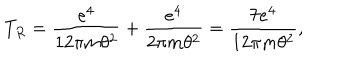
T _ { R } = \frac { e ^ { 4 } } { 1 2 \pi m \theta ^ { 2 } } + \frac { e ^ { 4 } } { 2 \pi m \theta ^ { 2 } } = \frac { 7 e ^ { 4 } } { 1 2 \pi m \theta ^ { 2 } } ,